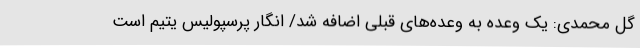
گل محمدی: یک وعده به وعده‌های قبلی اضافه شد/ انگار پرسپولیس یتیم است